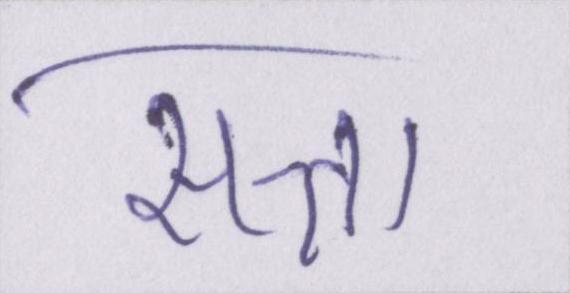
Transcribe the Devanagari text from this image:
सत्ता